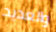
والعديد